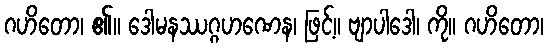
ဂဟိတော၊ ၏။ ဒေါမနဿဂ္ဂဟဏေန၊ ဖြင့်။ ဗျာပါဒေါ၊ ကို။ ဂဟိတော၊